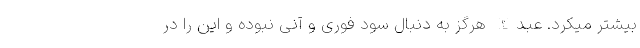
بیشتر میکرد. عبدالله هرگز به دنبال سود فوری و آنی نبوده و این را در